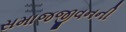
સમાજજીવનની